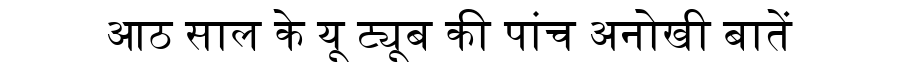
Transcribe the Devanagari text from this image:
आठ साल के यू ट्यूब की पांच अनोखी बातें